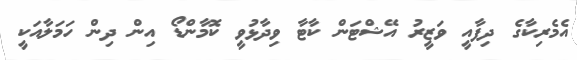
އެެމެރިކާގެ ދިފާއީ ވަޒީރު އޭޝްޓަން ކާޓާ ވިދާޅުވީ ކޮމާންޑޯ އިން ދިން ހަމަލާއަކީ